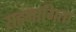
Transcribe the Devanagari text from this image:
सहमागिता